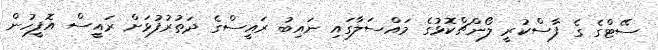
ސޭޓްގެ ގެ ފާސްކުރީ ލޯންޗްކޮޅުގެ މައްސަލާގައި ނައިބު ރައީސްގެ ދަތުރުފުޅަށް ރައީސް އޮފީހުން